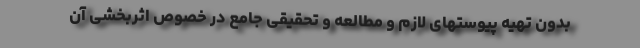
بدون تهیه پیوستهای لازم و مطالعه و تحقیقی جامع در خصوص اثربخشی آن